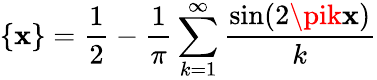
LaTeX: \{ \mathbf{x}\} ={\frac{{1}}{{2}}}-{\frac{{1}}{{\pi}}}\sum_{k=1}^{\infty}{\frac{{\sin(2\pik\mathbf{x})}}{{k}}}